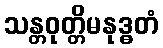
သန္တဝုတ္တိမနုဒ္ဓတံ